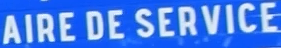
AIRE DE SERVICE